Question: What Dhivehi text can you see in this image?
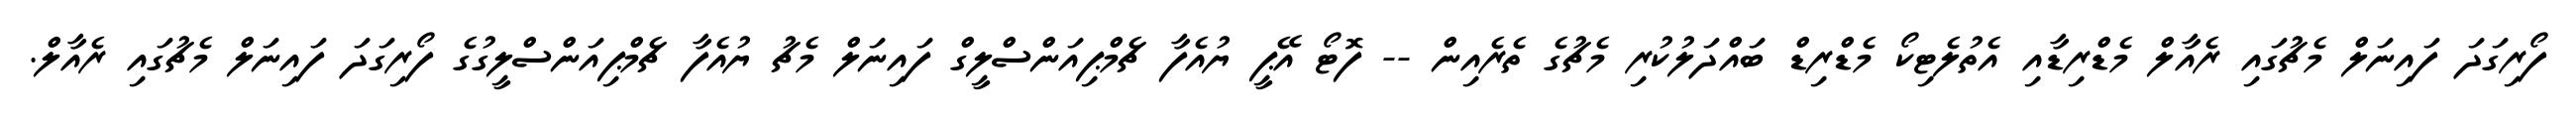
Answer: ފޯރިގަދަ ފައިނަލް މެޗުގައި ރެއާލް މެޑްރިޑާއި އެތުލެޓިކޯ މެޑްރިޑް ބައްދަލުކުރި މެޗުގެ ތެރެއިން -- ފޮޓޯ އޭޕީ ޔުއެފާ ޗެމްޕިއަންސްލީގް ފައިނަލް މެޗު ޔުއެފާ ޗެމްޕިއަންސްލީގުގެ ފޯރިގަދަ ފައިނަލް މެޗުގައި ރެއާލް.